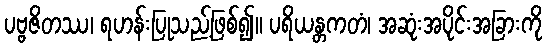
ပဗ္ဗဇိတဿ၊ ရဟန်းပြုသည့်ဖြစ်၍။ ပရိယန္တကတံ၊ အဆုံးအပိုင်းအခြားကို